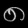
Digit: ၈